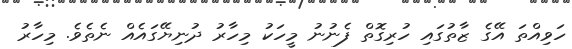
ހަވިއްތަ އޭގެ ޒާތުގައި ހުރިގޮތް ފެނުނު މީހަކު މިހާރު ދުނިޔޭގައެއް ނެތެވެ. މިހާރު